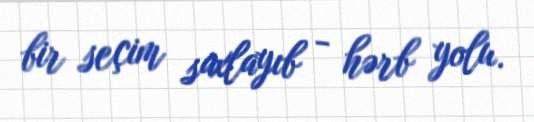
bir seçim saxlayıb - hərb yolu.